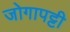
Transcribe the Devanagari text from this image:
जोगापट्टी